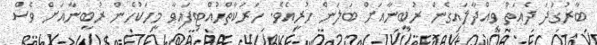
ބާރުގަދަ ދެއަތް ވިއްދާލައިގެން ރުބީނާއަށް ބަލަން ހުރީއެވެ. ހަރަކާތްހުއްޓިފައިވާ މީހަކުހެން ރުބީނާއަށް ވެސް